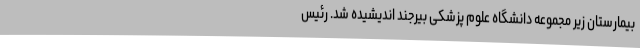
بیمارستان زیر مجموعه دانشگاه علوم پزشکی بیرجند اندیشیده شد. رئیس